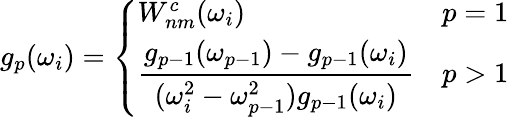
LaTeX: g_{p}(\omega_{i})=\left\{ \begin{array}{ll}{W_{nm}^{c}(\omega_{i})}&{p=1}\\ {\displaystyle\frac{g_{p-1}(\omega_{p-1})-g_{p-1}(\omega_{i})}{(\omega_{i}^{2}-\omega_{p-1}^{2})g_{p-1}(\omega_{i})}}&{p>1}\end{array}\right.